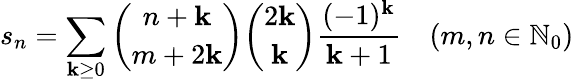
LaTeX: s_{n}=\sum_{\mathbf{k}\geq0}{{\binom{n+\mathbf{k}}{m+2\mathbf{k}}}{\binom{2\mathbf{k}}{\mathbf{k}}}{\frac{{(-1)^{\mathbf{k}}}}{{\mathbf{k}+1}}}}\quad(m,n\in\mathbb{{N}}_{0})